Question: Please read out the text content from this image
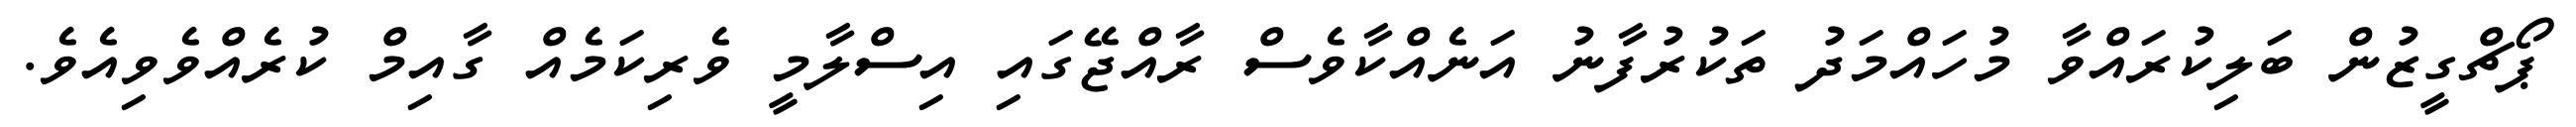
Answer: ޕޯޗްގީޒުން ބަލިކުރައްވާ މުހައްމަދު ތަކުރުފާނު އަނެއްކާވެސް ރާއްޖޭގައި އިސްލާމީ ވެރިކަމެއް ގާއިމް ކުރެއްވެވިއެވެ.